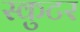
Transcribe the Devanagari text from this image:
स्कुटर